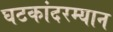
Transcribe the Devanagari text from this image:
घटकांदरम्यान